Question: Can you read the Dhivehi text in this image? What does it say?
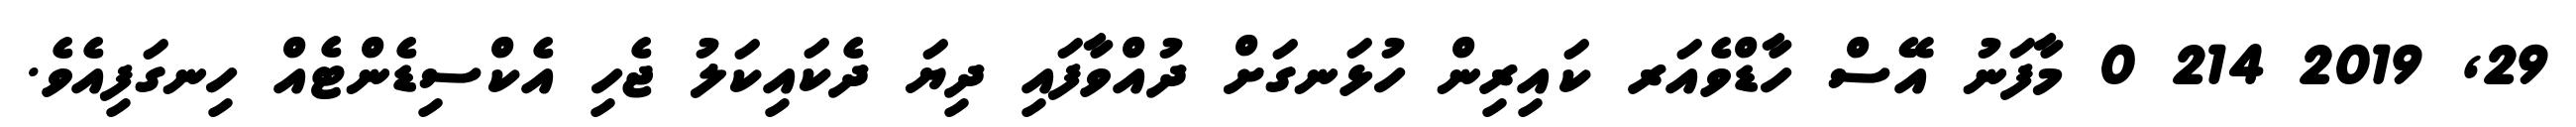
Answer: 29, 2019 214 0 މާފަނު އޭސް ހާޑްވެއަރ ކައިރިން ހުޅަނގަށް ދުއްވާފައި ދިޔަ ދެކައިކަލު ޖެހި އެކްސިޑެންޓެއް ހިނގަފިއެވެ.